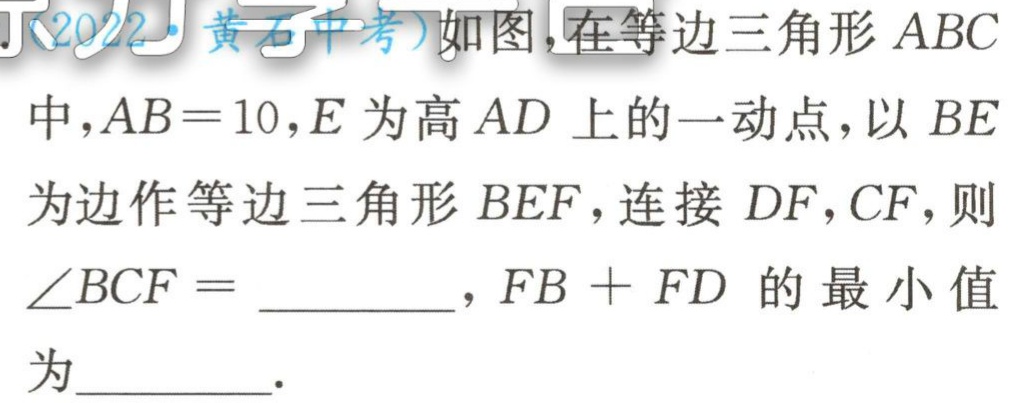
(2022·黄石中考)如图，在等边三角形 \(ABC\) 中，\(AB = 10\)，\(E\) 为高 \(AD\) 上的一动点，以 \(BE\) 为边作等边三角形 \(BEF\)，连接 \(DF\)，\(CF\)，则 \(\angle BCF =\)  ，\(FB + FD\) 的最小值为  ．